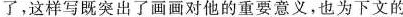
了，这样写即突出了画画对他的重要意义，也为下文的